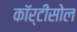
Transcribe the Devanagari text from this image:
कॉर्टीसोल